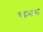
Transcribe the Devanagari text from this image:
चद्रभागा